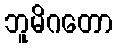
ဘူမိဂတော